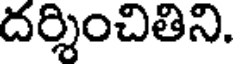
దర్శించితిని.